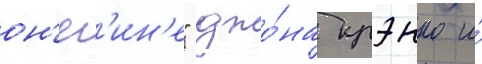
он'ег'ин'е" джо́на крэнко и́